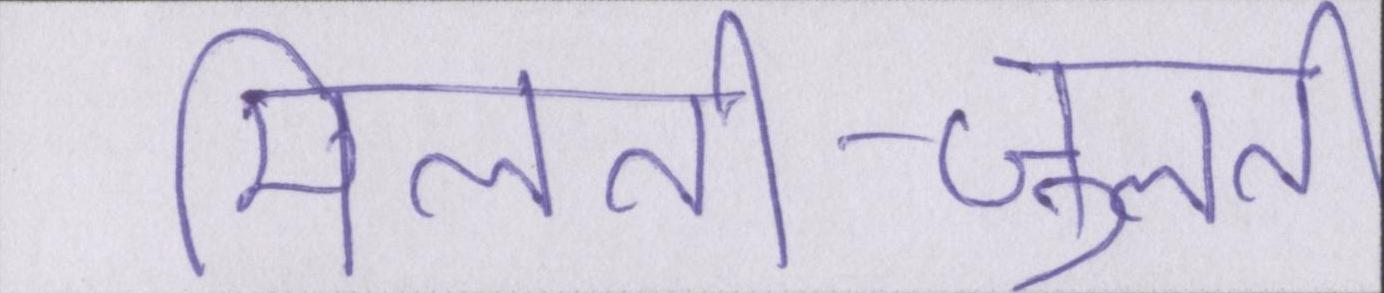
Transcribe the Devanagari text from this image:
मिलती-जुलती